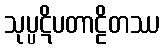
သုပ္ပဋိပတာဠိတဿ